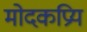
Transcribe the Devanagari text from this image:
मोदकप्रिय